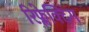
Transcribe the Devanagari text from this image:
रिफ्लेक्टिंग